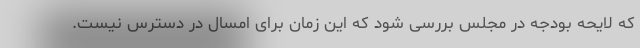
که لایحه بودجه در مجلس بررسی شود که این زمان برای امسال در دسترس نیست.